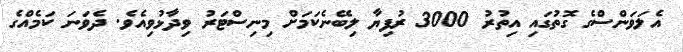
އެލަވަންސްގެ ގޮތުގައި އިތުރު 3000 ރުފިޔާ ލިބޭނެކަމަށް މިނިސްޓަރު ވިދާޅުވިއެވެ. ދެވަނަ ކަމެއްގެ